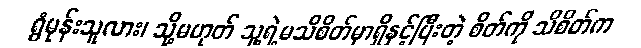
ရွံမုန်းသူလား၊ သို့မဟုတ် သူ့ရဲ့မသိစိတ်မှာရှိနှင့်ပြီးတဲ့ စိတ်ကို သိစိတ်က